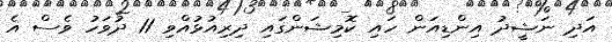
އަދި ނަޝީދު އިންޑިއަން ހައި ކޮމިޝަންގައި ދިރިއުޅުއްވި 11 ދުވަހު ވެސް އެ